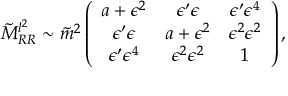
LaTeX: \tilde { M } _ { R R } ^ { l ^ { 2 } } \sim \tilde { m } ^ { 2 } \left( \begin{array} { c c c } { { a + \epsilon ^ { 2 } } } & { { \epsilon ^ { \prime } \epsilon } } & { { \epsilon ^ { \prime } \epsilon ^ { 4 } } } \\ { { \epsilon ^ { \prime } \epsilon } } & { { a + \epsilon ^ { 2 } } } & { { \epsilon ^ { 2 } \epsilon ^ { 2 } } } \\ { { \epsilon ^ { \prime } \epsilon ^ { 4 } } } & { { \epsilon ^ { 2 } \epsilon ^ { 2 } } } & { { 1 } } \end{array} \right) ,